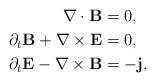
LaTeX: \begin{align*}\nabla \cdot {\bf B} & = 0, \\\partial_t {\bf B} + \nabla \times {\bf E} & = 0, \\\partial_t {\bf E} - \nabla \times {\bf B} & = -{\bf j}. \end{align*}